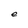
Character: e